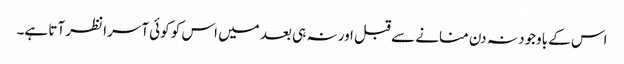
اس کے باوجود نہ دن منانے سے قبل اور نہ ہی بعد میں اس کو کوئی آسرا نظر آتا ہے۔